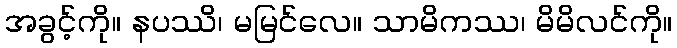
အခွင့်ကို။ နပဿိ၊ မမြင်လေ။ သာမိကဿ၊ မိမိလင်ကို။